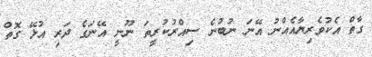
ގާތް އެކުވެރިޔާއެއްނު އޭނަ ނުބުނެ ސިއްރުކުރީތަ ނޫނީ އޭނަގެ ދަރި އުޅޭ ގޮތް